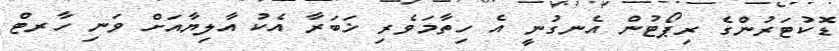
ޑޮކުޓަރުންގެ ރިޕޯޓުން އެނގުނީ އެ ހިތާމަވެރި ޚަބަރާ އެކު އާލިޔާއަށް ވަނި ހާރޓް